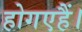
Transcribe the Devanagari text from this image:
होगएहैं।